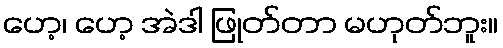
ဟေ့၊ ဟေ့ အဲဒါ ဖြုတ်တာ မဟုတ်ဘူး။